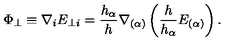
\Phi _ { \perp } \equiv \nabla _ { i } E _ { \perp i } = \frac { h _ { \alpha } } { h } \nabla _ { ( \alpha ) } \left( \frac { h } { h _ { \alpha } } E _ { ( \alpha ) } \right) .